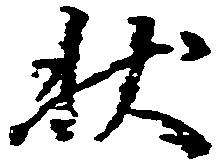
状